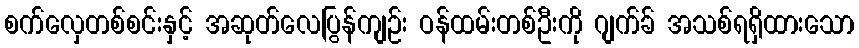
စက်လှေတစ်စင်းနှင့် အဆုတ်လေပြွန်ကျဉ်း ဝန်ထမ်းတစ်ဦးကို ဂျက်ခ် အသစ်ရရှိထားသော